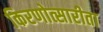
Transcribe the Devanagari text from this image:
किरणोत्सारीता